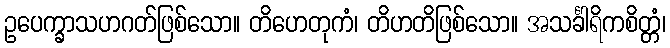
ဥပေက္ခာသဟဂတ်ဖြစ်သော။ တိဟေတုကံ၊ တိဟတိဖြစ်သော။ အသင်္ခါရိကစိတ္တံ၊